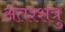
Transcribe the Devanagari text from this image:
अंतश्शत्रु